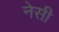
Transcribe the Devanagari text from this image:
नेसी